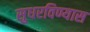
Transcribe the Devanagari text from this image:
सुधरविण्यास